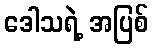
ဒေါသရဲ့ အပြစ်